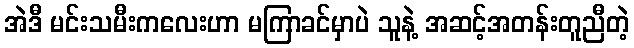
အဲဒီ မင်းသမီးကလေးဟာ မကြာခင်မှာပဲ သူနဲ့ အဆင့်အတန်းတူညီတဲ့